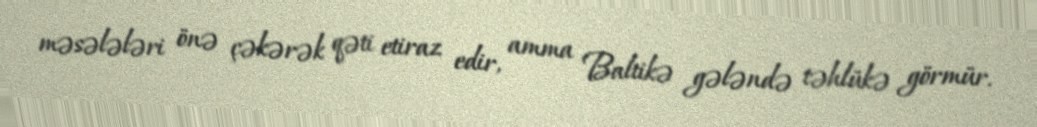
məsələləri önə çəkərək qəti etiraz edir, amma Baltikə gələndə təhlükə görmür.